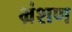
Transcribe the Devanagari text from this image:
भ्रंशण